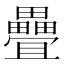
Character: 疊